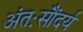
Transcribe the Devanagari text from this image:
अंतःसौंदर्य